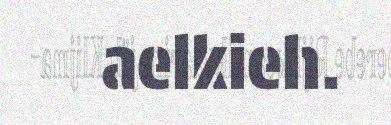
aelkieh.